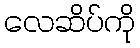
လေဆိပ်ကို